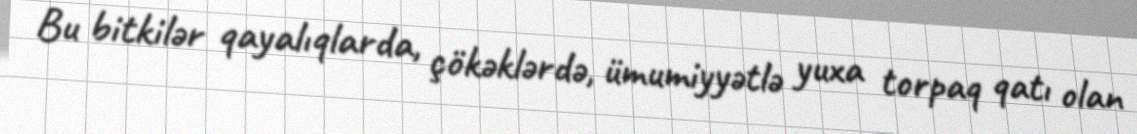
Bu bitkilər qayalıqlarda, çökəklərdə, ümumiyyətlə yuxa torpaq qatı olan